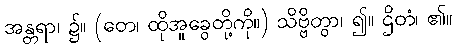
အန္တရာ၊ ၌။ (တေ၊ ထိုအူခွေတို့ကို။) သိဗ္ဗိတွာ၊ ၍။ ဌိတံ၊ ၏။